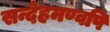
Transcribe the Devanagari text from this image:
सन्देहमण्वपि